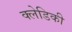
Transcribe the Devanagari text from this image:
क्लेडिकी